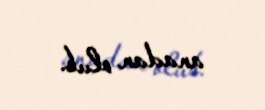
anadan olub.